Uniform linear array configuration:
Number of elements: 16
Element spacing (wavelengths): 0.5
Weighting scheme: blackman
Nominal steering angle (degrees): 30
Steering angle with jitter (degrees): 30.639
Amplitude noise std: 0.05
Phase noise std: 0.05

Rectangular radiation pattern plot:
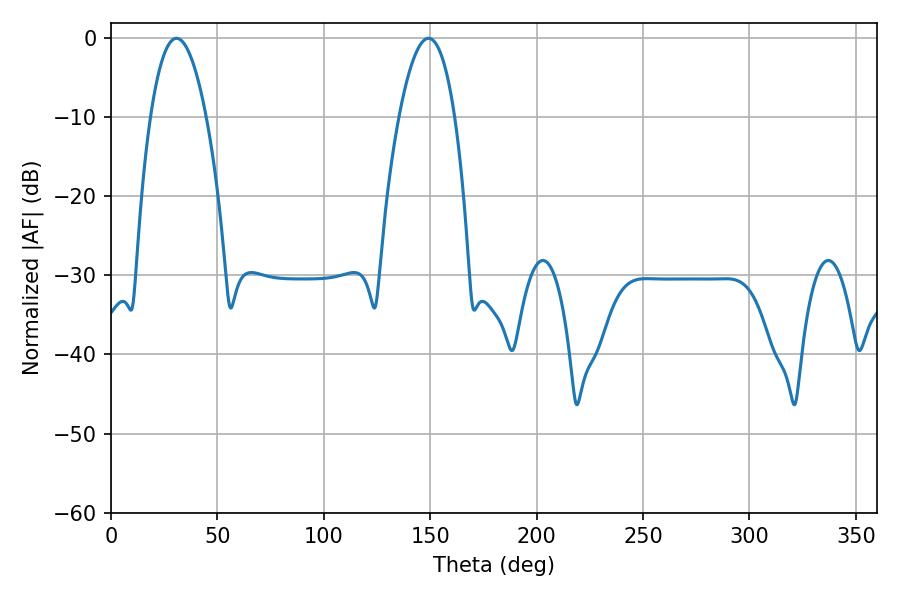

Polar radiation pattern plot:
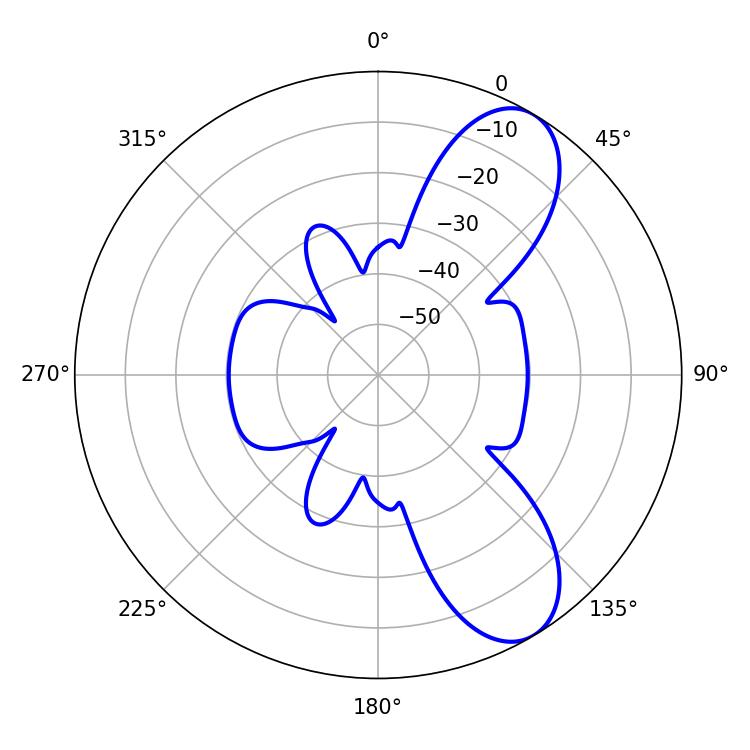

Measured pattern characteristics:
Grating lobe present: FALSE
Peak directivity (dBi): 8.563
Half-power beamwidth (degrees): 14.58
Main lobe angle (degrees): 30.78